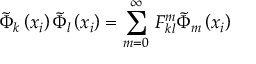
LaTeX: \tilde { \Phi } _ { k } \left( x _ { i } \right) \tilde { \Phi } _ { l } \left( x _ { i } \right) = \sum _ { m = 0 } ^ { \infty } \, F _ { k l } ^ { m } \tilde { \Phi } _ { m } \left( x _ { i } \right)